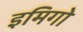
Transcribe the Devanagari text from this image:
इमिगो